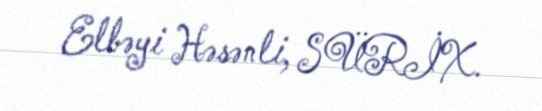
Elbəyi Həsənli, SÜRİX.